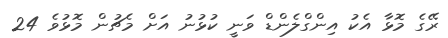
ރޭގެ މޮޅާ އެކު އިންގްލެންޑް ވަނީ ކުޅުނު އަށް މެޗުން މޮޅުވެ 24